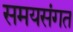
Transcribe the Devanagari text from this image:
समयसंगत